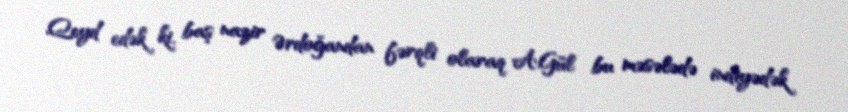
Qeyd edək ki, baş nazir Ərdoğandan fərqli olaraq A.Gül bu məsələdə indiyədək